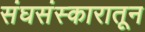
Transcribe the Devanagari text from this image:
संघसंस्कारातून